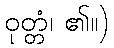
ဝုတ္တံ၊ ၏။)